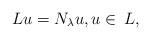
LaTeX: \begin{align*}Lu = N_{\lambda}u,u\in \,L,\end{align*}